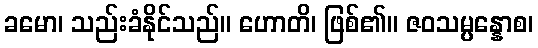
ခမော၊ သည်းခံနိုင်သည်။ ဟောတိ၊ ဖြစ်၏။ ဇဝသမ္ပန္နောစ၊